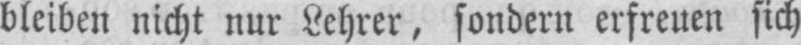
bleiben nicht nur Lehrer, sondern erfreuen sich